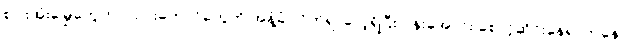
စပါးအုံးမြွေတွေဟာ သားကောင်တွေကို အနံ့ခံ လိုက်ရှာလေ့ရှိပြီး ပုန်းအောင်း စောင့်ဆိုင်းနေရာကနေ